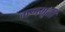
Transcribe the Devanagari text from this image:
गणमूर्ती